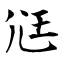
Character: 尩